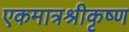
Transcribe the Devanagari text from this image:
एकमात्रश्रीकृष्ण